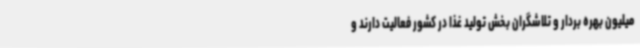
میلیون بهره بردار و تلاشگران بخش تولید غذا در کشور فعالیت دارند و